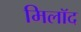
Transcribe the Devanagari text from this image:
मिलॉद